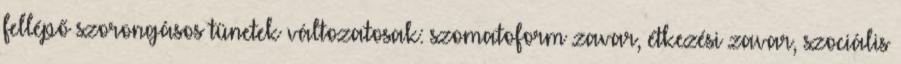
fellépő szorongásos tünetek változatosak: szomatoform zavar, étkezési zavar, szociális